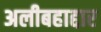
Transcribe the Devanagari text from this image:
अलीबहाद्दार